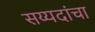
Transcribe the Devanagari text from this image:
सय्यदांचा